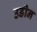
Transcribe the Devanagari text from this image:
उडीन